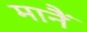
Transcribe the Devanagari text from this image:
मानैं